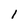
Character: 1